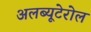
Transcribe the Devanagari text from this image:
अलब्यूटेरोल